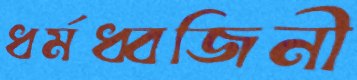
ধর্মধ্বজিনী